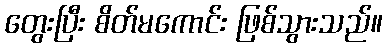
တွေးပြီး စိတ်မကောင်း ဖြစ်သွားသည်။